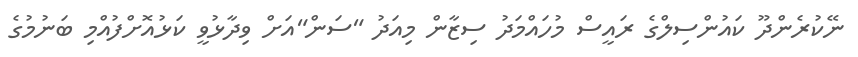
ނޭކުރެންދޫ ކައުންސިލްގެ ރައީސް މުހައްމަދު ސިޒާން މިއަދު "ސަން"އަށް ވިދާޅުވީ ކަޅުއޮށްފުއްމި ބަނުމުގެ